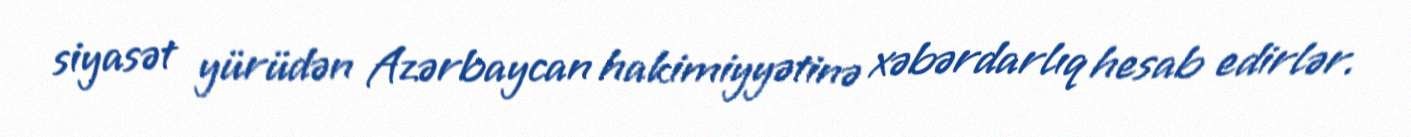
siyasət yürüdən Azərbaycan hakimiyyətinə xəbərdarlıq hesab edirlər.